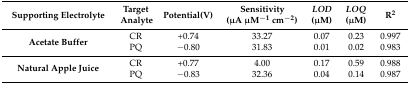
<table><thead><tr><td><b>Supporting Electrolyte</b></td><td><b>Target Analyte</b></td><td><b>Potential(V)</b></td><td><b>Sensitivity (μA μM<sup>−1</sup> cm<sup>−2</sup>)</b></td><td><b><i>LOD</i> (μM)</b></td><td><b><i>LOQ</i> (μM)</b></td><td><b>R<sup>2</sup></b></td></tr></thead><tbody><tr><td rowspan="2"><b>Acetate Buffer</b></td><td>CR</td><td>+0.74</td><td>33.27</td><td>0.07</td><td>0.23</td><td>0.997</td></tr><tr><td>PQ</td><td>−0.80</td><td>31.83</td><td>0.01</td><td>0.02</td><td>0.983</td></tr><tr><td rowspan="2"><b>Natural Apple Juice</b></td><td>CR</td><td>+0.77</td><td>4.00</td><td>0.17</td><td>0.59</td><td>0.988</td></tr><tr><td>PQ</td><td>−0.83</td><td>32.36</td><td>0.04</td><td>0.14</td><td>0.987</td></tr></tbody></table>